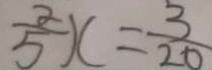
\frac { 2 } { 5 } x = \frac { 3 } { 2 0 }